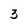
Character: 3